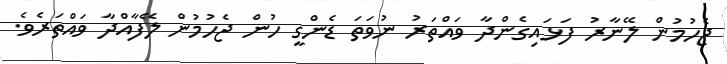
ޖެހުމުން ލޭނާރު ފަޅައިގެންދާ ވައްތަރު ނުވަތަ ޑެންގީ ހުން ޖެހުމުން ލޭފާއްދާ ވައްތަރެވެ.